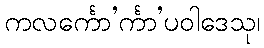
ကလင်္ကော’င်္ကာ’ပဝါဒေသု၊